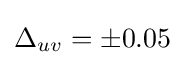
\Delta _{uv}=\pm 0.05